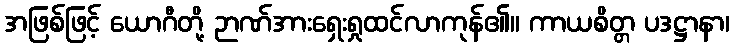
အဖြစ်ဖြင့် ယောဂီတို့ ဉာဏ်အားရှေးရှုထင်လာကုန်၏။ ကာယစိတ္တ ပဒဋ္ဌာနာ၊